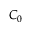
C _ { 0 }